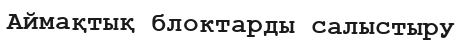
Аймақтық блоктарды салыстыру